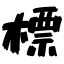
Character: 標